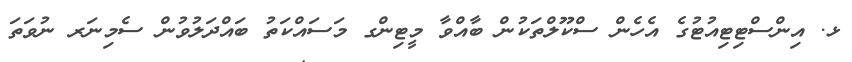
ޅ. އިންސްޓިޓިއުޓުގެ އެހެން ސްކޫލްތަކުން ބާއްވާ މީޓިންގ މަސައްކަތު ބައްދަލުވުން ސެމިނަރ ނުވަތަ